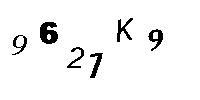
9621K9